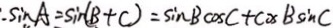
\sin A = \sin ( B + C ) = \sin B \cos C + \cos B \sin C